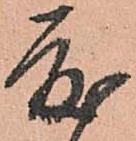
度